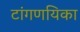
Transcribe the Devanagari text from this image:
टांगणयिका